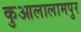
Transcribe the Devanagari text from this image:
कुआलालामपुर